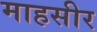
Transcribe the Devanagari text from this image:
माहसीर